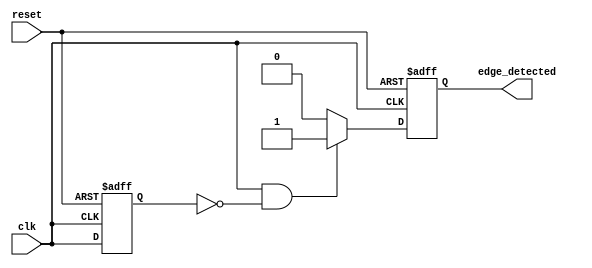
module edge_detector (
    input wire clk,                // Input signal to detect edges
    input wire reset,              // Reset signal
    output reg edge_detected       // Output signal indicating edge detection
);

// Internal signal to hold the previous state
reg previous_state;

// Always block triggered on the rising edge of the clock
always @(posedge clk or posedge reset) begin
    if (reset) begin
        previous_state <= 1'b0;   // Initialize previous state to low on reset
        edge_detected <= 1'b0;     // Initialize output to low on reset
    end else begin
        // Edge detection logic
        if (clk == 1'b1 && previous_state == 1'b0) begin
            edge_detected <= 1'b1;  // Rising edge detected
        end else begin
            edge_detected <= 1'b0;   // No edge detected
        end

        // Update the previous state
        previous_state <= clk;
    end
end

endmodule